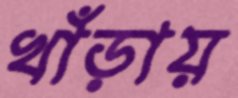
খাঁড়ায়